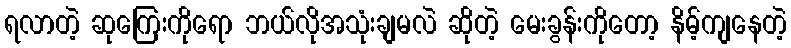
ရလာတဲ့ ဆုကြေးကိုရော ဘယ်လိုအသုံးချမလဲ ဆိုတဲ့ မေးခွန်းကိုတော့ နိမ့်ကျနေတဲ့